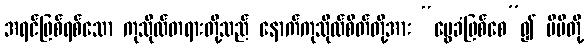
အရင်ဖြစ်ရစ်သော ကုသိုလ်တရားတို့သည် နောက်ကုသိုလ်စိတ်တို့အား “မွေခံဖြစ်စေ”၍ မိမိတို့